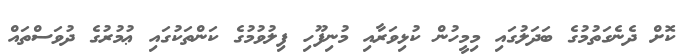
ކޮށް ދެނެގަތުމުގެ ބަދަލުގައި މިމީހުން ކުޅިވަރާއި މުނިފޫހި ފިލުވުމުގެ ކަންތަކުގައި ޢުމުރުގެ ދުވަސްތައް